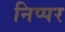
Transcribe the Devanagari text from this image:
निप्पर